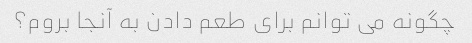
چگونه می توانم برای طعم دادن به آنجا بروم؟